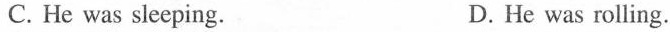
C. He was sleeping. D. He was rolling.